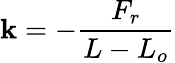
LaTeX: \mathbf{k}=-{\frac{{F_{r}}}{{L-L_{o}}}}